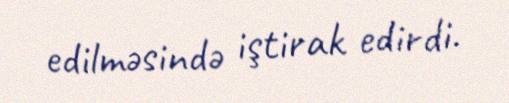
edilməsində iştirak edirdi.